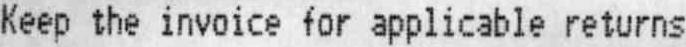
KEEP THE INVOICE FOR APPLICABLE RETURNS